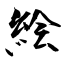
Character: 絵